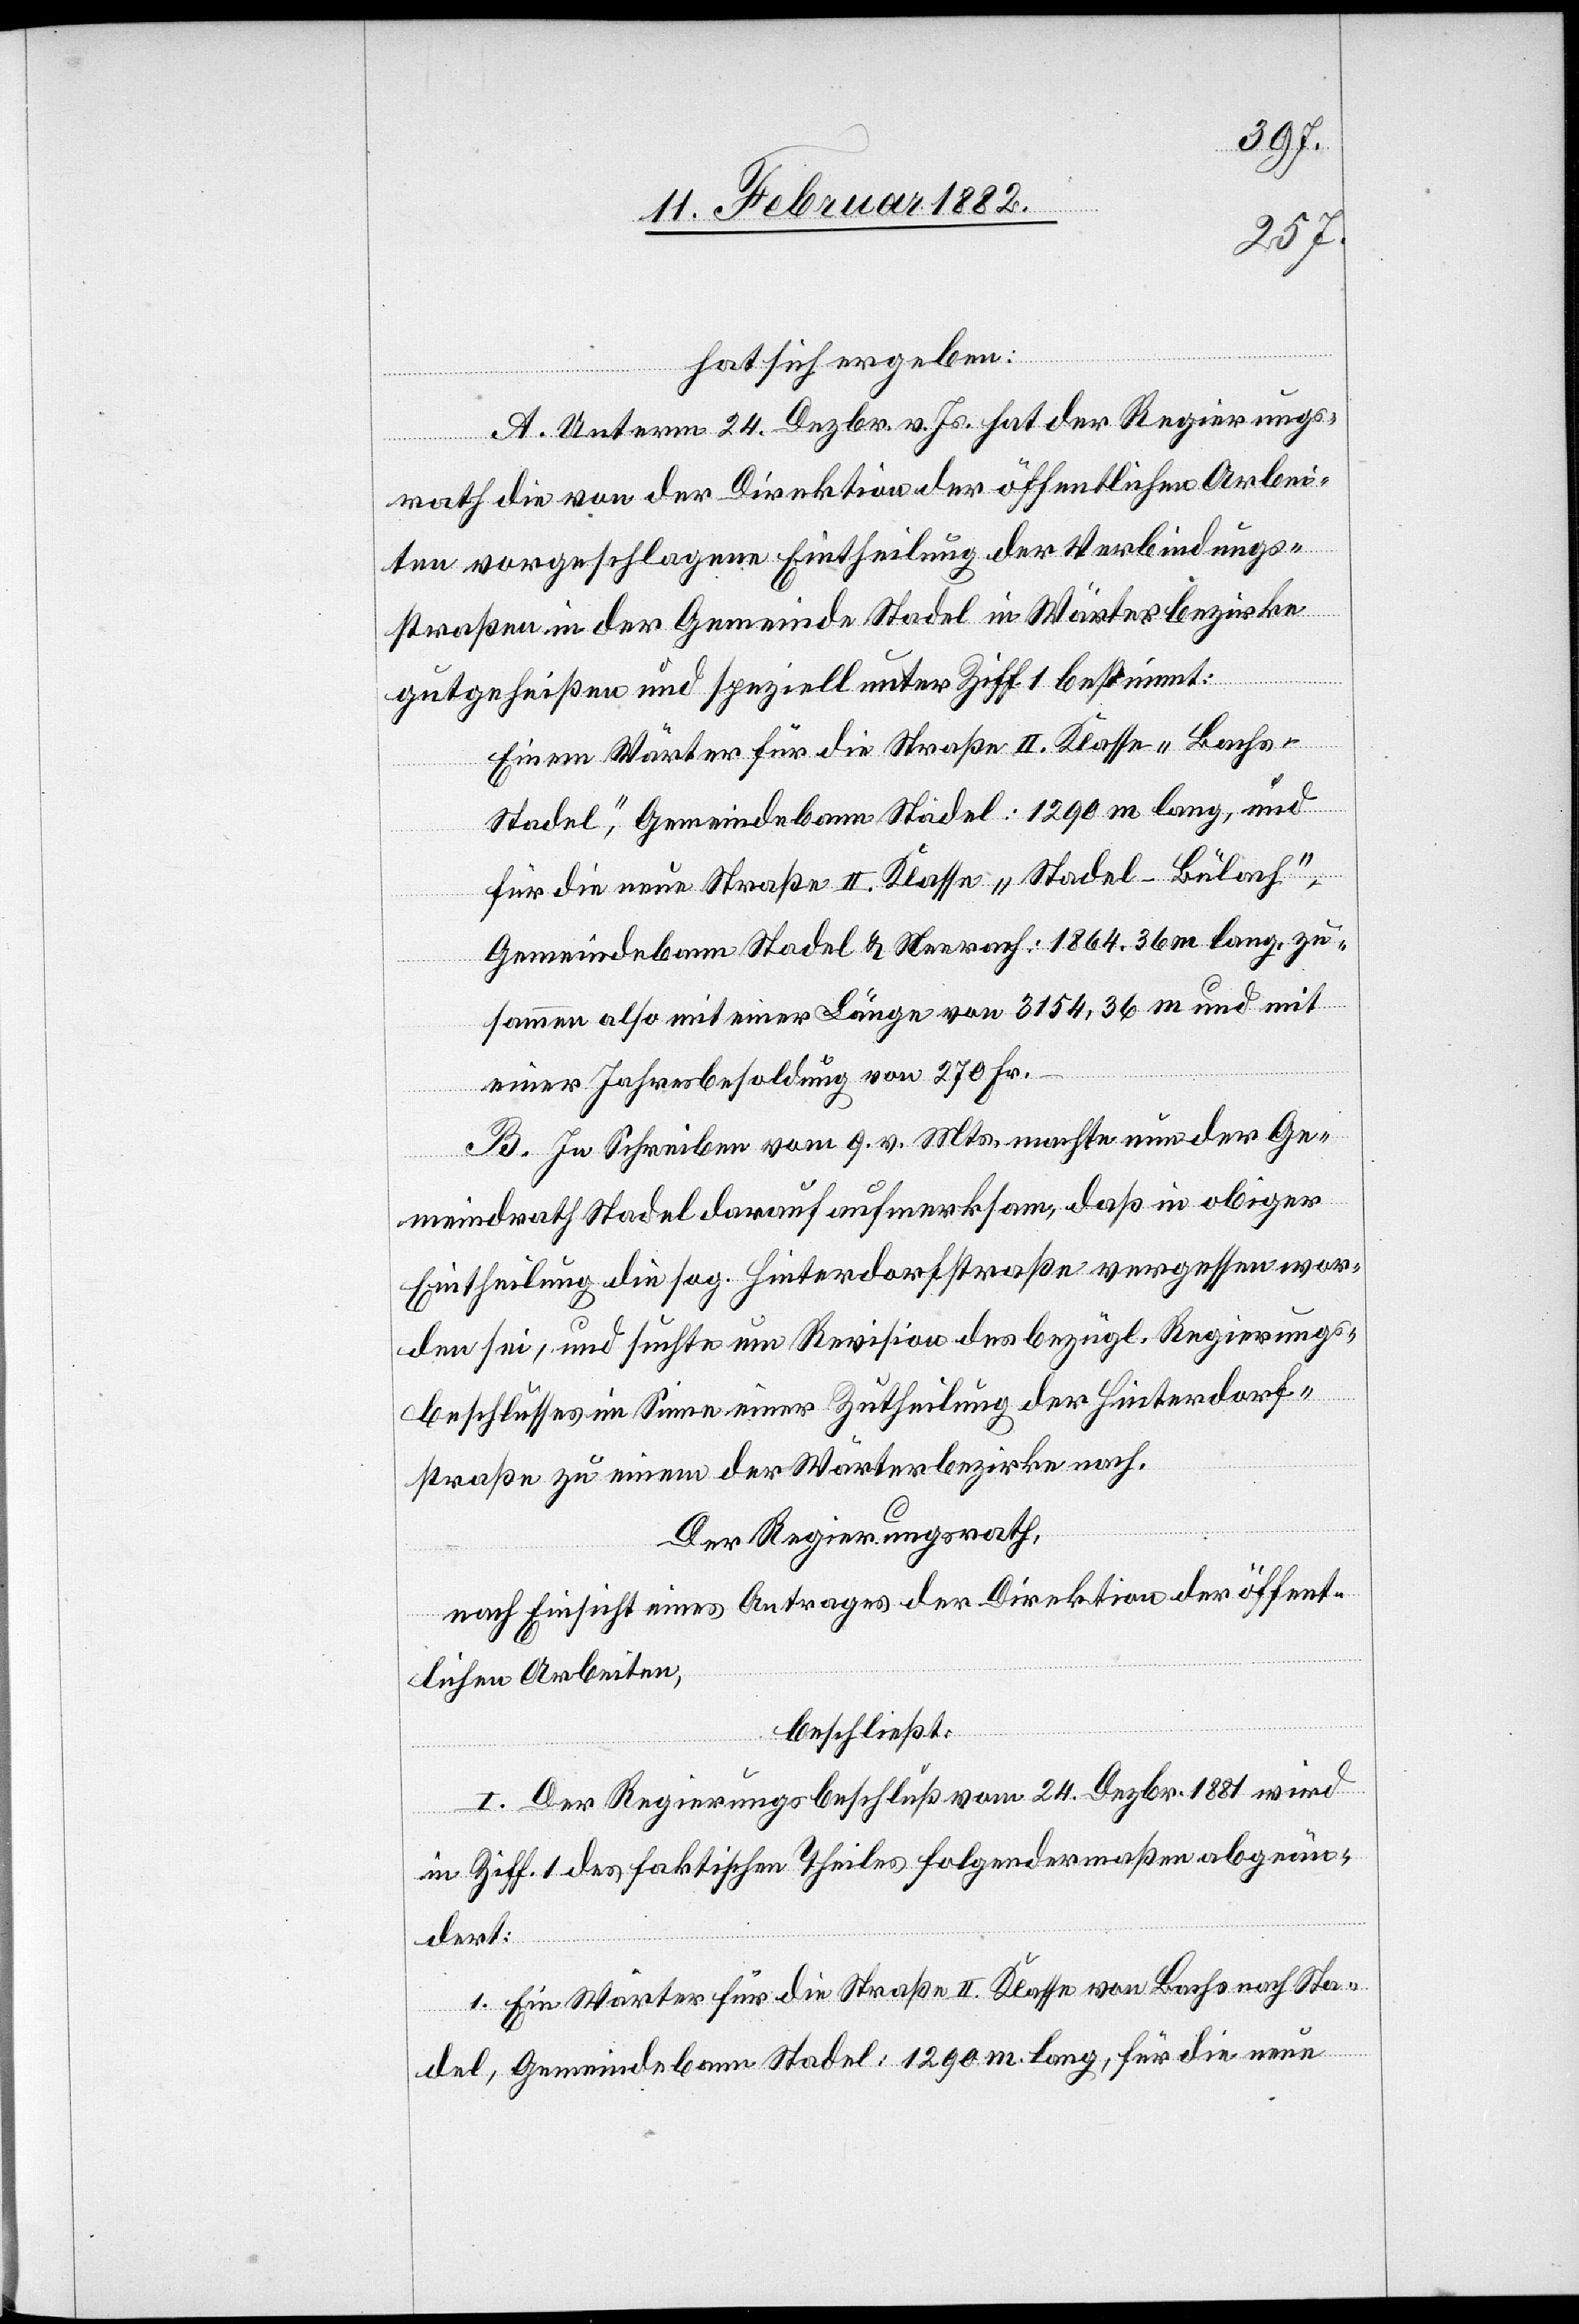
hat sich ergeben:
A. Unterm 24. Dezbr. v. Js. hat der Regierungs¬
rath die von der Direktion der öffentlichen Arbei¬
ten vorgeschlagene Eintheilung der Verbindungs¬
straßen in der Gemeinde Stadel in Wärterbezirken
gutgeheißen und speziell unter Ziff. 1 bestimmt:
Einem Wärter für die Straße II. Klasse „Bachs–S¬
tadel“, Gemeindebann Stadel: 1290 m lang, und
für die neue Straße II. Klasse „Stadel–Bülach“,
Gemeindebann Stadel & Neerach: 1864,36 m lang, zu¬
sammen also mit einer Länge von 3154,36 m und mit
einer Jahresbesoldung von 270 Fr.
B. In Schreiben vom 9. v. Mts. machte nun der Ge¬
meindrath Stadel darauf aufmerksam, daß in obiger
Eintheilung die sog. Hinterdorfstraße vergessen wor¬
den sei, und suchte um Revision des bezügl. Regierungs¬
beschlusses im Sinne einer Zutheilung der Hinterdorf¬
straße zu einem der Wärterbezirken nach.
Der Regierungsrath,
nach Einsicht eines Antrages der Direktion der öffent¬
lichen Arbeiten,
beschließt:
I. Der Regierungsbeschluß vom 24. Dezbr. 1881 wird
in Ziff. 1 des faktischen Theiles folgendermaßen abgeän¬
dert:
1. Ein Wärter für die Straße II. Klasse von Bachs nach Sta¬
del, Gemeindebann Stadel: 1290 m lang, für die neue